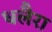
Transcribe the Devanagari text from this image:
धलैरा